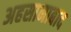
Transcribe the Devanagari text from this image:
अहसानाबाद